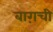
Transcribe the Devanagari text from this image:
बाग़ची